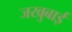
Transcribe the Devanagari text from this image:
जखुबाई